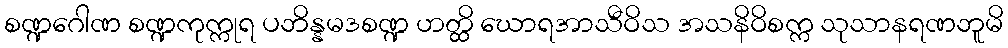
စဏ္ဍဂေါဏ စဏ္ဍကုက္ကုရ ပဘိန္နမဒစဏ္ဍ ဟတ္ထိ ဃောရအာသီဝိသ အသနိဝိစက္က သုသာနရဏဘူမိ